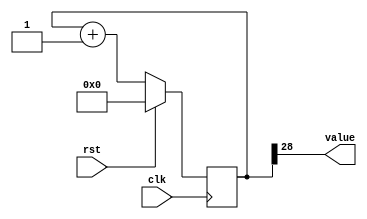
/*
   This file was generated automatically by Alchitry Labs version 1.2.1.
   Do not edit this file directly. Instead edit the original Lucid source.
   This is a temporary file and any changes made to it will be destroyed.
*/

/*
   Parameters:
     SIZE = 1
     DIV = 28
     TOP = 0
     UP = 1
*/
module counter_12 (
    input clk,
    input rst,
    output reg [0:0] value
  );
  
  localparam SIZE = 1'h1;
  localparam DIV = 5'h1c;
  localparam TOP = 1'h0;
  localparam UP = 1'h1;
  
  
  reg [28:0] M_ctr_d, M_ctr_q = 1'h0;
  
  localparam MAX_VALUE = 29'h0fffffff;
  
  always @* begin
    M_ctr_d = M_ctr_q;
    
    value = M_ctr_q[28+0-:1];
    if (1'h1) begin
      M_ctr_d = M_ctr_q + 1'h1;
      if (1'h0 && M_ctr_q == 29'h0fffffff) begin
        M_ctr_d = 1'h0;
      end
    end else begin
      M_ctr_d = M_ctr_q - 1'h1;
      if (1'h0 && M_ctr_q == 1'h0) begin
        M_ctr_d = 29'h0fffffff;
      end
    end
  end
  
  always @(posedge clk) begin
    if (rst == 1'b1) begin
      M_ctr_q <= 1'h0;
    end else begin
      M_ctr_q <= M_ctr_d;
    end
  end
  
endmodule